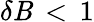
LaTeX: \delta\mathit{B}\, <\, 1